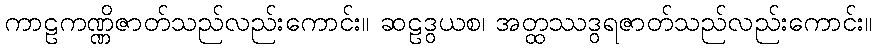
ကာဠကဏ္ဏိဇာတ်သည်လည်းကောင်း။ ဆဠဒွယစ၊ အတ္ထဿဒွရဇာတ်သည်လည်းကောင်း။